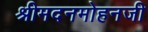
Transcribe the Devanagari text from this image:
श्रीमदनमोहनजी